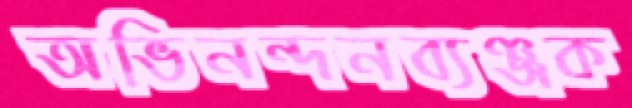
অভিনন্দনব্যঞ্জক